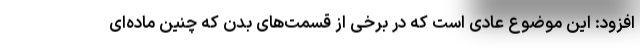
افزود: این موضوع عادی است که در برخی از قسمت‌های بدن که چنین ماده‌ای